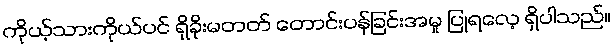
ကိုယ့်သားကိုယ်ပင် ရှိခိုးမတတ် တောင်းပန်ခြင်းအမှု ပြုရလေ့ ရှိပါသည်။